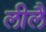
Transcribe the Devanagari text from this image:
लीलै